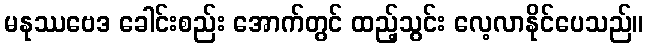
မနုဿဗေဒ ခေါင်းစည်း အောက်တွင် ထည့်သွင်း လေ့လာနိုင်ပေသည်။